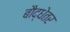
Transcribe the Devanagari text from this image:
बौद्धेतर